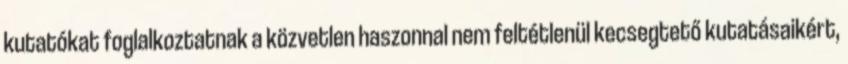
kutatókat foglalkoztatnak a közvetlen haszonnal nem feltétlenül kecsegtető kutatásaikért,